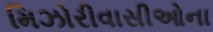
મિઝોરીવાસીઓના